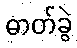
ဓာတ်ခွဲ